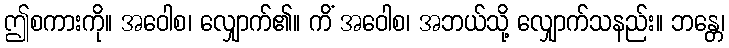
ဤစကားကို။ အဝေါစ၊ လျှောက်၏။ ကိံ အဝေါစ၊ အဘယ်သို့ လျှောက်သနည်း။ ဘန္တေ၊